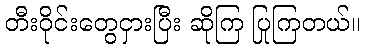
တီးဝိုင်းတွေငှားပြီး ဆိုကြ ပြုကြတယ်။